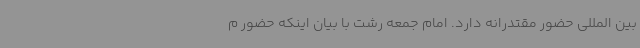
بین المللی حضور مقتدرانه دارد. امام جمعه رشت با بیان اینکه حضور م